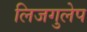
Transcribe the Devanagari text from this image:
लिजगुलेप